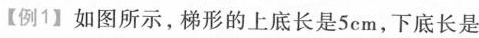
【例1】如图所示，梯形的上底长是 5 cm，下底长是